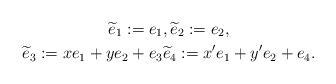
LaTeX: \begin{gather*}\widetilde{e}_{1} := e_1, \widetilde{e}_{2} := e_2, \\\widetilde{e}_{3} := x e_1 + y e_2 + e_3 \widetilde{e}_{4} := x' e_1 + y' e_2 + e_4.\end{gather*}